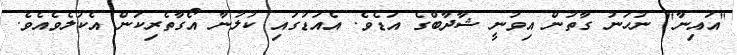
"އައިނާ" ނުހަނު ގާތުން އިވުނީ ޝާދާބްގެ އަޑެވެ. އެއަޑުގައި ކުލުނާ އޯގާތެރިކަން އެކުލެވެއެވެ.